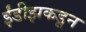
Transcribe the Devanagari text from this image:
ईंडीझकडून